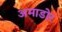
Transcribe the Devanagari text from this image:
अमाडोर